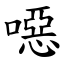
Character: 噁